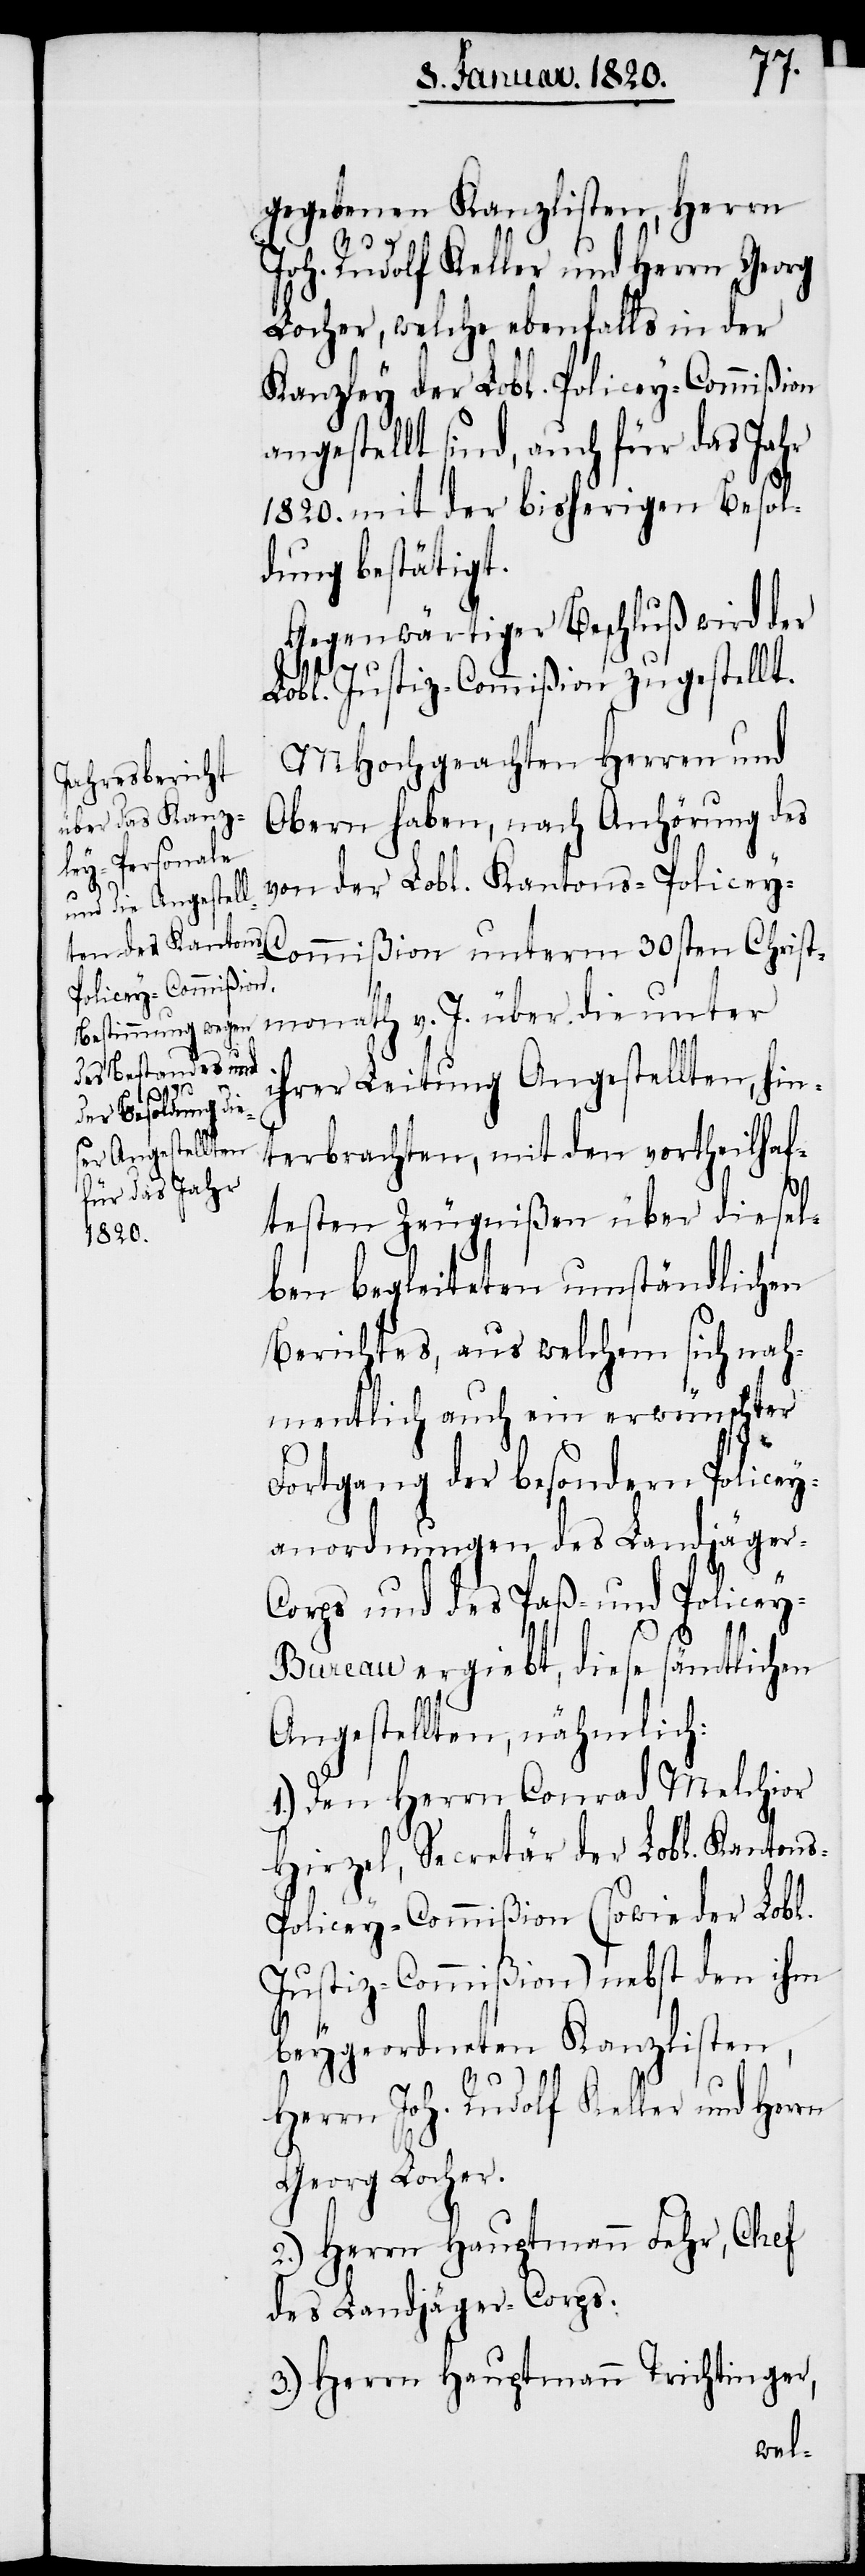
gegebenen Kanzlisten, Herrn
Joh. Rudolf Keller und Herrn Georg
Locher, welche ebenfalls in der
Kanzley der Lobl. Policey-Commißion
angestellt sind, auch für das Jahr
1820. mit der bisherigen Besol¬
dung bestätigt.
Gegenwärtiger Beschluß wird der
s-P¬
Lobl. Justiz-Commißion zugestellt.
MHochgeachten Herren und
Obern haben, nach Anhörung des
von der Lobl. Kantons-Policey-C¬
ommißion unterm 30sten Christ¬
monath v. J. über die unter
ihrer Leitung Angestellten, hin¬
terbrachten, mit den vortheilhaf¬
testen Zeugnißen über diesel¬
ben begleiteten umständlichen
Berichtes, aus welchem sich nah¬
mentlich auch ein erwünschter
Fortgang der besondern Policey¬
anordnungen des Landjäger-C¬
orps und des Paß- und Policey-B¬
ureau ergiebt, diese sämtlichen
Angestellten, nähmlich:
1.) Den Herrn Conrad Melchior
Hirzel, Secretär der Lobl. Kanton¬
olicey-Commißion (sowie der Lobl.
Justiz-Commißion) nebst den ihm
beygeordneten Kanzlisten,
Herrn Joh. Rudolf Keller und Herrn
Georg Locher.
2.) Herrn Hauptmann Fehr, Chef
des Landjäger-Corps.
3.) Herrn Hauptmann Trichtinger,